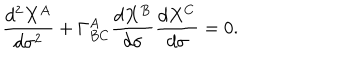
\frac { d ^ { 2 } X ^ { A } } { d \sigma ^ { 2 } } + \Gamma _ { B C } ^ { A } \frac { d X ^ { B } } { d \sigma } \frac { d X ^ { C } } { d \sigma } = 0 .